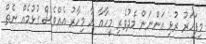
މިފަހަރު ރުޅި އަންނަން މެދުވެރި މީހާއާ އާ މިހާރު އެއްވެސް ގުޅުމެއް ނެތް